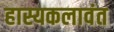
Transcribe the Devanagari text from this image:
हास्यकलावंत